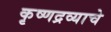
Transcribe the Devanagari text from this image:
कृष्णद्रव्याचे